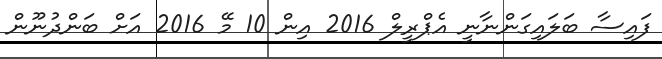
ފައިސާ ބަލައިގަންނާނީ އެޕްރީލް 2016 އިން 10 މޭ 2016 އަށް ބަންދުނޫން